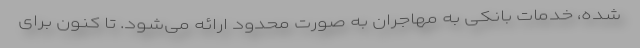
شده، خدمات بانکی به مهاجران به صورت محدود ارائه می‌شود. تا کنون برای